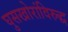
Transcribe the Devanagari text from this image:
घुसखोरांविरुद्ध